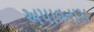
અપાવનારા